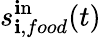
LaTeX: s_{\mathbf{i},food}^{\mathrm{{\mathbf{i}n}}}(t)